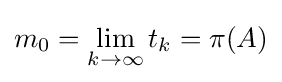
m_{0}=\lim _{k\to \infty }t_{k}=\pi (A)